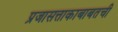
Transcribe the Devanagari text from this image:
प्रजासत्ताकाबाबतची